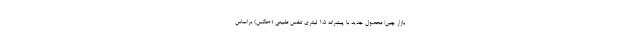
بازار چین/ محصول جدید با پیشرانه 1.5 لیتری تنفس طبیعی (+عکس) براساس